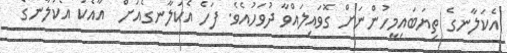
އެކަލާނގެ ތިޔަބައިމީހުންނަށް ގޮވައިލައްވާ ދުވަހުއެވެ. ފަހެ އެކަލާނގެއަށް  އާއެކު އެކަލާނގެ